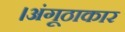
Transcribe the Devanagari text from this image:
।अंगूठाकार